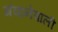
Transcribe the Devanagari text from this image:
गंवानेवाली